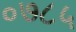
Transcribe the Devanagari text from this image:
०७८५